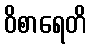
ဝိစာရေတိ